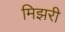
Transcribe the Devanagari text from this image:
मिझरी